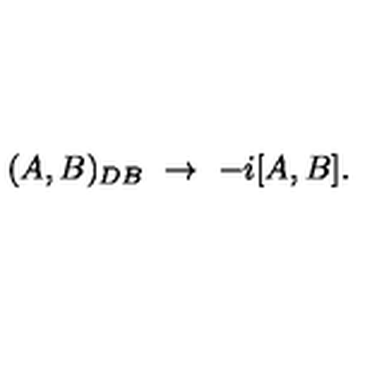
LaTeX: ( A , B ) _ { D B } \ \to \ - i [ A , B ] .